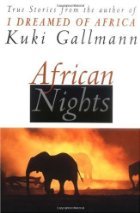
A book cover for African Nights: True Stories from the Author of I Dreamed of Africa; Kuki Gallmann; History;